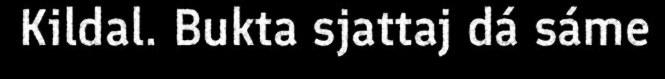
Kildal. Bukta sjattaj dá sáme